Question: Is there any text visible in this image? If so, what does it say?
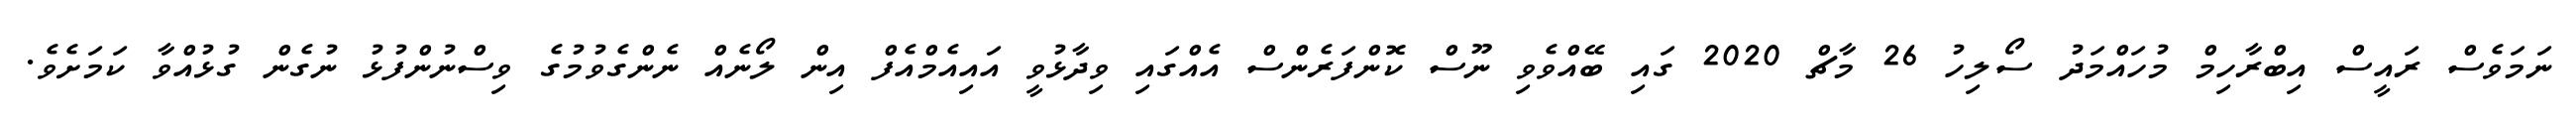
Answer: ނަމަވެސް ރައީސް އިބްރާހިމް މުހައްމަދު ސޯލިހު 26 މާޗް 2020 ގައި ބޭއްވެވި ނޫސް ކޮންފަރެންސް އެއްގައި ވިދާޅުވީ އައިއެމްއެފް އިން ލޯނެއް ނެންގެވުމުގެ ވިސްނުންފުޅު ނުގެން ގުޅުއްވާ ކަމަށެވެ.